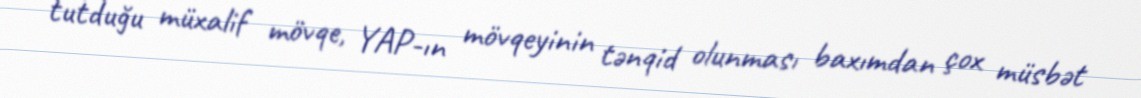
tutduğu müxalif mövqe, YAP-ın mövqeyinin tənqid olunması baxımdan çox müsbət